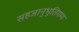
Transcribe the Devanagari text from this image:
सहजानुभूतिगम्य